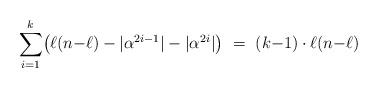
LaTeX: \begin{align*} \sum_{i=1}^{k} \bigl(\ell(n{-}\ell)-|\alpha^{2i-1}|-|\alpha^{2i}|\bigr) \ =\ (k{-}1)\cdot \ell(n{-}\ell)\end{align*}